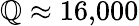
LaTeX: \mathbb{Q}\approx16{,}000